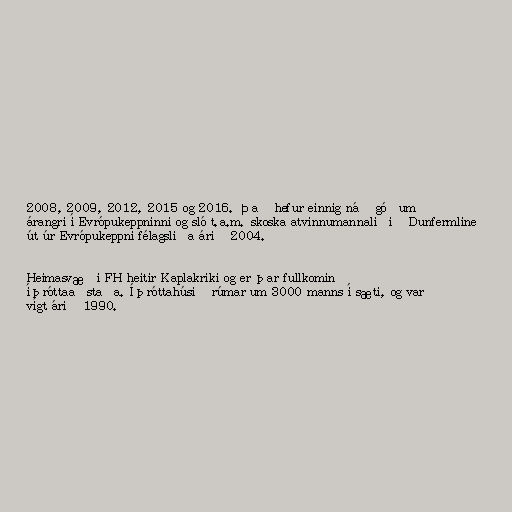
2008, 2009, 2012, 2015 og 2016. Það hefur einnig náð góðum
árangri í Evrópukeppninni og sló t.a.m. skoska atvinnumannaliðið Dunfermline
út úr Evrópukeppni félagsliða árið 2004.

Heimasvæði FH heitir Kaplakriki og er þar fullkomin
íþróttaaðstaða. Íþróttahúsið rúmar um 3000 manns í sæti, og var
vígt árið 1990.